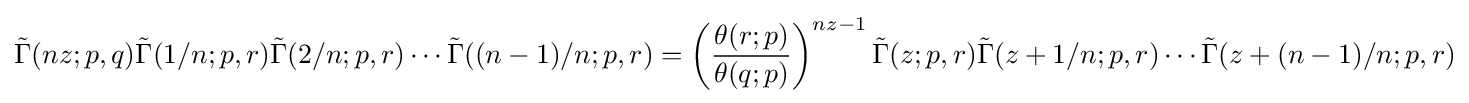
{\tilde {\Gamma }}(nz;p,q){\tilde {\Gamma }}(1/n;p,r){\tilde {\Gamma }}(2/n;p,r)\cdots {\tilde {\Gamma }}((n-1)/n;p,r)=\left({\frac {\theta (r;p)}{\theta (q;p)}}\right)^{nz-1}{\tilde {\Gamma }}(z;p,r){\tilde {\Gamma }}(z+1/n;p,r)\cdots {\tilde {\Gamma }}(z+(n-1)/n;p,r)